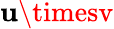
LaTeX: \mathbf{u}\timesv